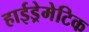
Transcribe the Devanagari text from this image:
हाईड्रेमेटिक